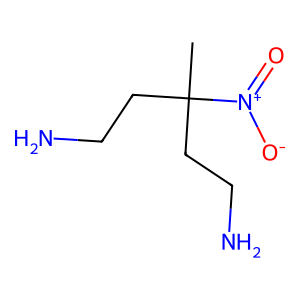
SMILES: CC(CCN)(CCN)[N+](=O)[O-]
Inhibits HIV replication: No